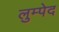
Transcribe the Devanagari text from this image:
लुम्पेद